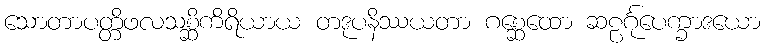
သောတာပတ္တိဖလသစ္ဆိကိရိယာယ တဒုပနိဿယတာ ဂစ္ဆေထော ဆဠင်္ဂုပေက္ခာဒယော